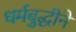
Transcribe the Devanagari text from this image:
धर्मबुद्धीने